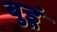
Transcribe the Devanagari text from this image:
बुडूं